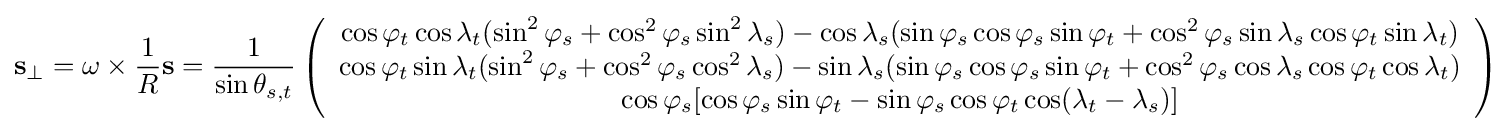
\mathbf {s} _{\perp }=\omega \times {\frac {1}{R}}\mathbf {s} ={\frac {1}{\sin \theta _{s,t}}}\left({\begin{array}{c}\cos \varphi _{t}\cos \lambda _{t}(\sin ^{2}\varphi _{s}+\cos ^{2}\varphi _{s}\sin ^{2}\lambda _{s})-\cos \lambda _{s}(\sin \varphi _{s}\cos \varphi _{s}\sin \varphi _{t}+\cos ^{2}\varphi _{s}\sin \lambda _{s}\cos \varphi _{t}\sin \lambda _{t})\\\cos \varphi _{t}\sin \lambda _{t}(\sin ^{2}\varphi _{s}+\cos ^{2}\varphi _{s}\cos ^{2}\lambda _{s})-\sin \lambda _{s}(\sin \varphi _{s}\cos \varphi _{s}\sin \varphi _{t}+\cos ^{2}\varphi _{s}\cos \lambda _{s}\cos \varphi _{t}\cos \lambda _{t})\\\cos \varphi _{s}[\cos \varphi _{s}\sin \varphi _{t}-\sin \varphi _{s}\cos \varphi _{t}\cos(\lambda _{t}-\lambda _{s})]\end{array}}\right)